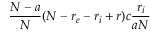
\frac { N - a } { N } ( N - r _ { e } - r _ { i } + r ) c \frac { r _ { i } } { a N }